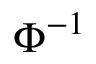
\Phi ^ { - 1 }